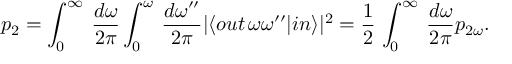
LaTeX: p _ { 2 } = \int _ { 0 } ^ { \infty } \, \frac { d \omega } { 2 \pi } \int _ { 0 } ^ { \omega } \, \frac { d \omega ^ { \prime \prime } } { 2 \pi } \vert \langle o u t \, \omega \omega ^ { \prime \prime } \vert i n \rangle \vert ^ { 2 } = \frac 1 2 \, \int _ { 0 } ^ { \infty } \, \frac { d \omega } { 2 \pi } p _ { 2 \omega } .